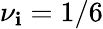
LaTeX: \nu_{\mathbf{i}}=1/6